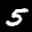
Digit: 5